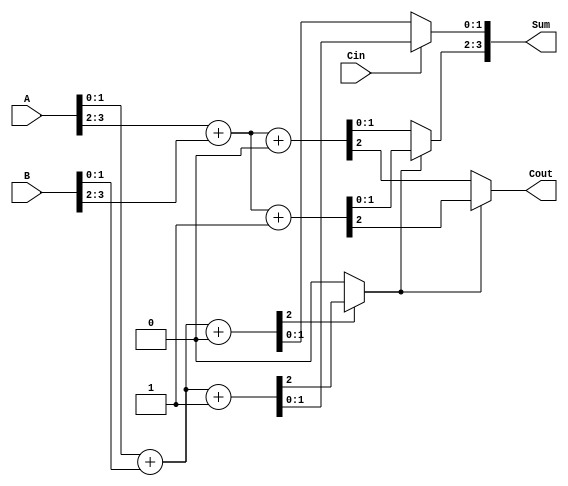
module CarrySelectAdder #(
    parameter WIDTH = 4,     // Total bit-width
    parameter BLOCK_SIZE = 2  // Size of each block
) (
    input  [WIDTH-1:0] A,   // First operand
    input  [WIDTH-1:0] B,   // Second operand
    input         Cin,       // Carry-in
    output [WIDTH-1:0] Sum,  // Result sum
    output        Cout       // Carry-out
);

    localparam NUM_BLOCKS = WIDTH / BLOCK_SIZE;
    
    // Intermediate signals
    wire [BLOCK_SIZE-1:0] S0 [NUM_BLOCKS-1:0]; // Sums for carry-in = 0
    wire [BLOCK_SIZE-1:0] S1 [NUM_BLOCKS-1:0]; // Sums for carry-in = 1
    wire [NUM_BLOCKS-1:0] C0;                   // Carry-outs for carry-in = 0
    wire [NUM_BLOCKS-1:0] C1;                   // Carry-outs for carry-in = 1
    wire [NUM_BLOCKS:0] C;                       // Selected carry-outs for each block

    genvar i;

    // Generate the blocks
    generate
        for (i = 0; i < NUM_BLOCKS; i = i + 1) begin : CSA_BLOCK
            // Calculate S0 and C0
            wire [BLOCK_SIZE-1:0] sum0;
            wire carry0;
            assign {carry0, sum0} = A[i*BLOCK_SIZE +: BLOCK_SIZE] + B[i*BLOCK_SIZE +: BLOCK_SIZE] + 1'b0;

            // Calculate S1 and C1
            wire [BLOCK_SIZE-1:0] sum1;
            wire carry1;
            assign {carry1, sum1} = A[i*BLOCK_SIZE +: BLOCK_SIZE] + B[i*BLOCK_SIZE +: BLOCK_SIZE] + 1'b1;

            // Assigning to S0 and S1 arrays
            assign S0[i] = sum0;
            assign S1[i] = sum1;

            // Store C0 and C1
            assign C0[i] = carry0;
            assign C1[i] = carry1;

            // Calculate the overall carry selection
            if (i == 0) begin
                assign C[i] = Cin; // Initial carry input for the first block
            end else begin
                assign C[i] = C0[i-1] ? C1[i-1] : C0[i-1]; // Propagation of carry
            end
        end
    endgenerate

    // Final sum and carry-out selection
    generate
        for (i = 0; i < NUM_BLOCKS; i = i + 1) begin : SUM_OUT
            if (i == 0) begin
                assign Sum[i*BLOCK_SIZE +: BLOCK_SIZE] = C[i] ? S1[i] : S0[i]; // Select from first block
            end else begin
                assign Sum[i*BLOCK_SIZE +: BLOCK_SIZE] = C[i] ? S1[i] : S0[i];
            end
        end
    endgenerate

    // Final carry-out
    assign Cout = C[NUM_BLOCKS-1] ? C1[NUM_BLOCKS-1] : C0[NUM_BLOCKS-1];

endmodule